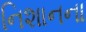
નિશાનના